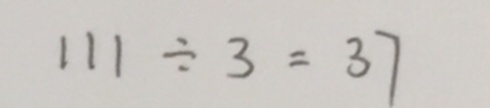
1 1 1 \div 3 = 3 7